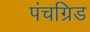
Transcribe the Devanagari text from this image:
पंचग्रिड